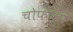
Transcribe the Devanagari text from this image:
चोफाला